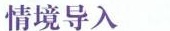
情境导入